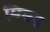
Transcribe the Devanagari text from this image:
मिश्रत